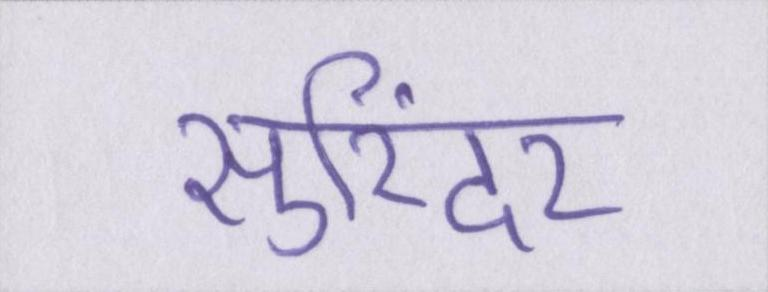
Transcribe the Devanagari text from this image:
सुरिंदर